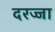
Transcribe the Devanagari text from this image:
दरज्जा